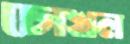
চোখল